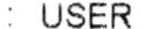
: USER